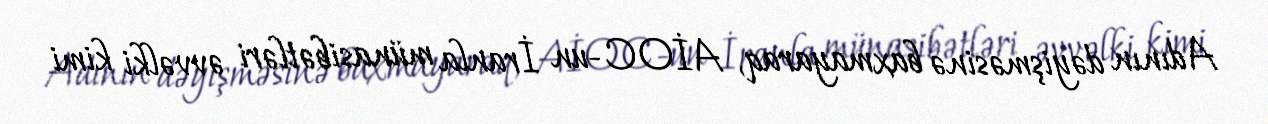
Adının dəyişməsinə baxmayaraq, AİOC-un İranla münasibətləri əvvəlki kimi